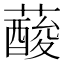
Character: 𦾹